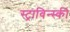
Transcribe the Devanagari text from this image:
स्ट्राविन्स्की